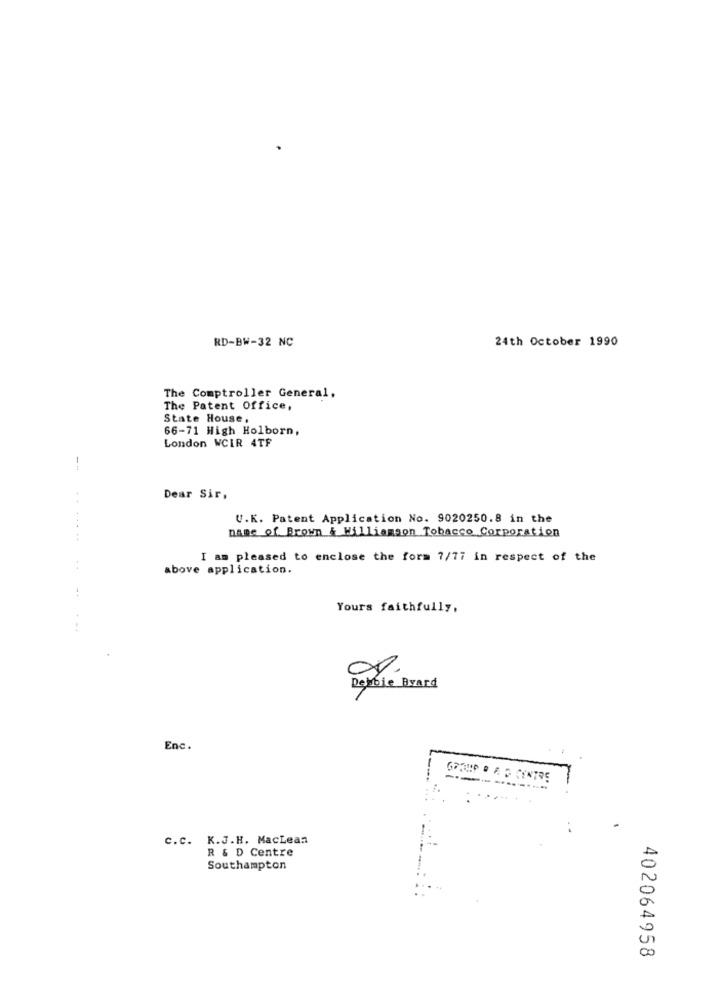
RD-BW-32 NC
24th October 1990
The Comptroller General,
The Patent Office,
State House,
66-71 High Holborn,
London WCIR 4TF
--
Dear Sir,
..
V.K. Patent Application No. 9020250.8 in the
name of Brown & Williamson Tobacco Corporation
.....
I am pleased to enclose the form 7/77 in respect of the
above application.
Yours faithfully,
Debbie Byard
Enc.
C.c. K.J.H. MacLean
R & D Centre
Southampton
402064958